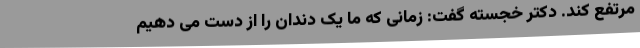
مرتفع کند. دکتر خجسته گفت: زمانی که ما یک دندان را از دست می دهیم